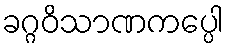
ခဂ္ဂဝိသာဏကပ္ပေါ